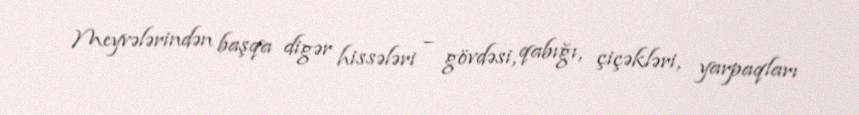
Meyvələrindən başqa digər hissələri – gövdəsi, qabığı, çiçəkləri, yarpaqları